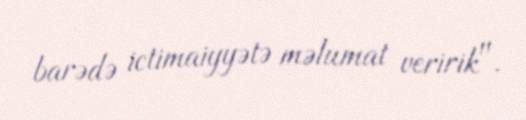
barədə ictimaiyyətə məlumat veririk".